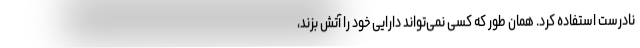
نادرست استفاده کرد. همان طور که کسی نمی‌تواند دارایی خود را آتش بزند،